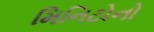
મિનિટોનો